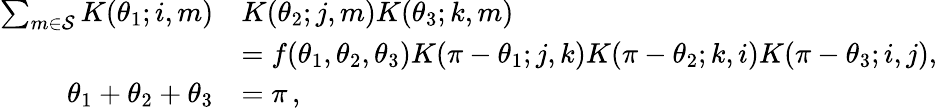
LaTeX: \begin{array}{rl}{\sum_{m\in\mathcal{S}}K(\theta_{1};i,m)}&{K(\theta_{2};j,m)K(\theta_{3};k,m)}\\ &{=f(\theta_{1},\theta_{2},\theta_{3})K(\pi-\theta_{1};j,k)K(\pi-\theta_{2};k,i)K(\pi-\theta_{3};i,j),}\\ {\theta_{1}+\theta_{2}+\theta_{3}}&{=\pi\, ,}\end{array}